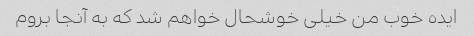
ایده خوب من خیلی خوشحال خواهم شد که به آنجا بروم